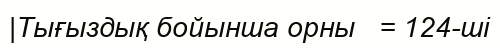
|Тығыздық бойынша орны   = 124-ші